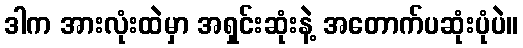
ဒါက အားလုံးထဲမှာ အရှင်းဆုံးနဲ့ အတောက်ပဆုံးပုံပဲ။